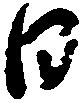
日